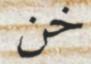
خن